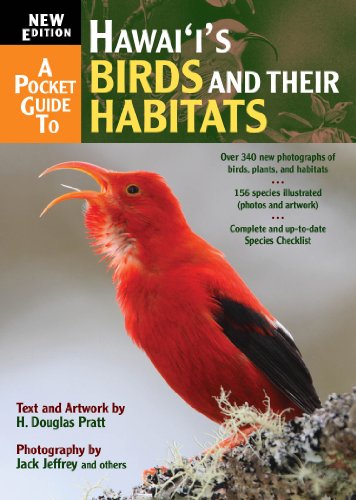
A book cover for A Pocket Guide to Hawai'i's Birds; H. Douglas Pratt; Travel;